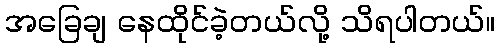
အခြေချ နေထိုင်ခဲ့တယ်လို့ သိရပါတယ်။